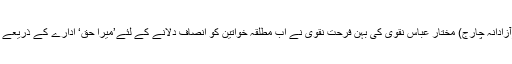
مرکزی اقلیتی وزیر مملکت (آزادانہ چارج) مختار عباس نقوی کی بہن فرحت نقوی نے اب مطلقہ خواتین کو انصاف دلانے کے لئے’میرا حق‘ ادارے کے ذریعے لڑائی لڑنے کا اعلان کیا ہے۔